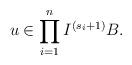
LaTeX: \begin{align*} u \in \prod_{i=1}^n I^{(s_i+1)}B. \end{align*}